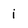
Character: i